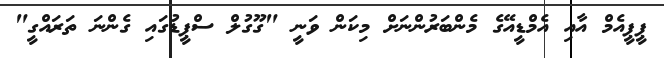
ޕީޕީއެމް އާއި އެމްޑީއޭގެ މެންބަރުންނަށް މިކަން ވަނީ "ގޫގުލް ސްޕީޑުގައި ގެންނަ ތަރައްގީ"